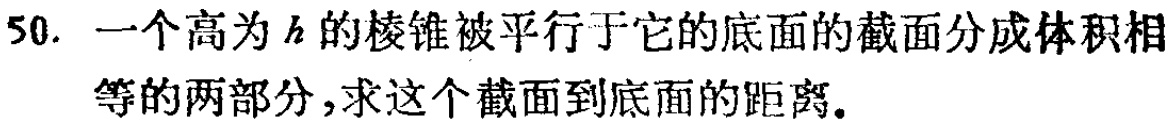
50. 一个高为\(h\)的棱锥被平行于它的底面的截面分成体积相等的两部分，求这个截面到底面的距离。